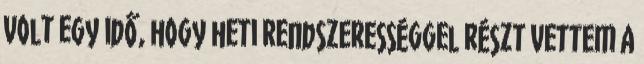
Volt egy idő, hogy heti rendszerességgel részt vettem a